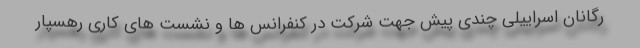
رگانان اسراییلی چندی پیش جهت شرکت در کنفرانس ها و نشست های کاری رهسپار